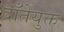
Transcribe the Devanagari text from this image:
दाँतेयुक्त